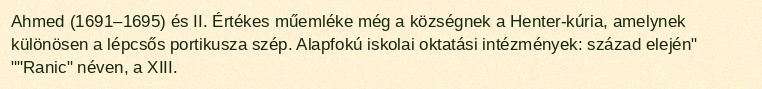
Ahmed (1691–1695) és II. Értékes műemléke még a községnek a Henter-kúria, amelynek különösen a lépcsős portikusza szép. Alapfokú iskolai oktatási intézmények: század elején" ""Ranic" néven, a XIII.